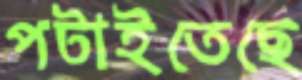
পটাইতেছে